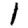
Digit: 1